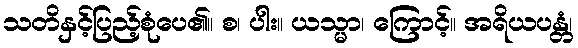
သတိနှင့်ပြည့်စုံပေ၏။ စ၊ ပါး။ ယသ္မာ၊ ကြောင့်။ အရိယပန္တံ၊